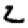
Digit: 2